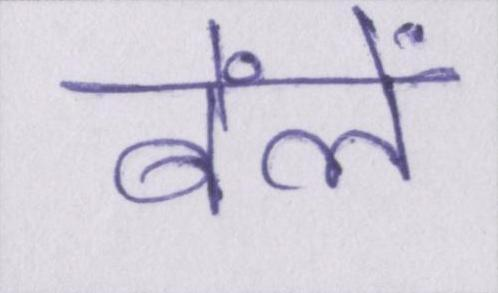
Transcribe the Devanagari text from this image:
बेंलें